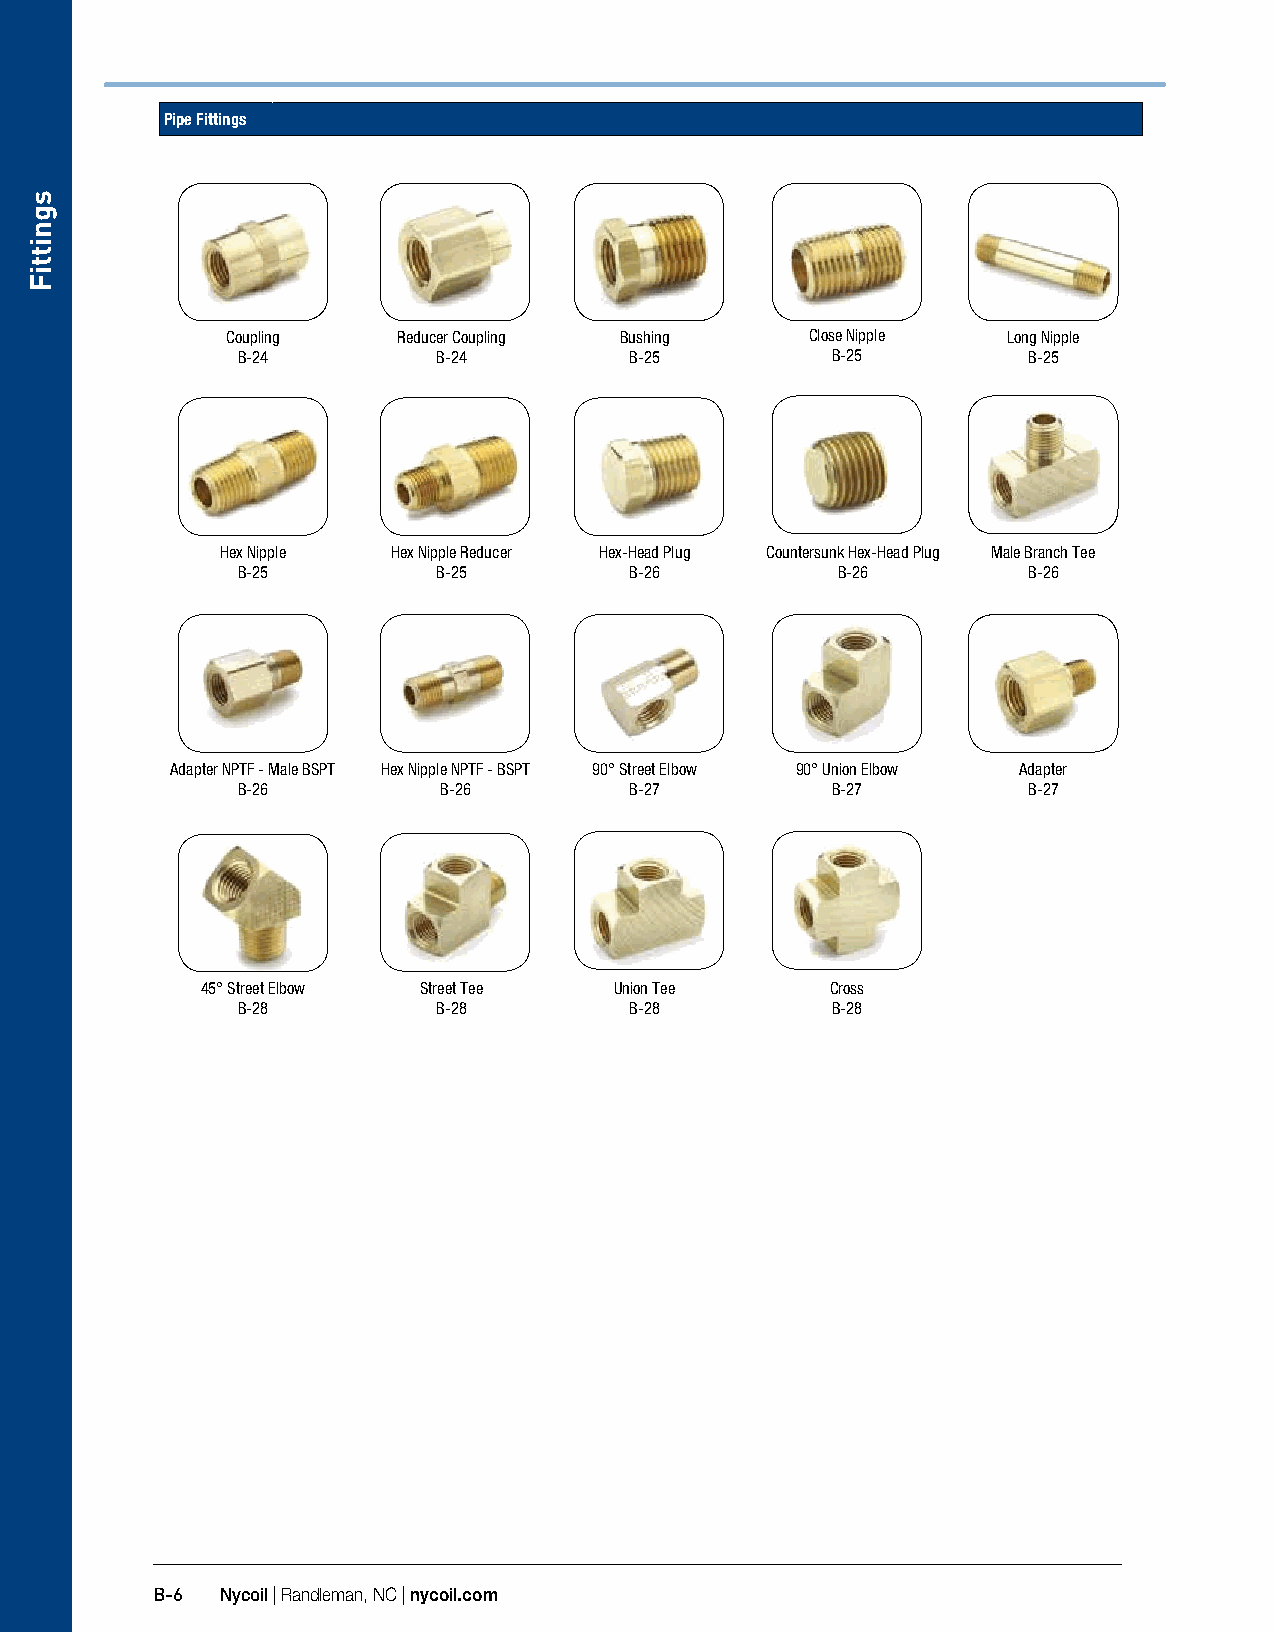
Pipe Fittings
 Coupling   Reducer Coupling Bushing    Close Nipple Long Nipple
 B-24         B-24         B-25         B-25         B-25
 Hex Nipple Hex Nipple Reducer Hex-Head Plug Countersunk Hex-Head Plug Male Branch Tee
 B-25         B-25         B-26         B-26         B-26
 Adapter NPTF - Male BSPT Hex Nipple NPTF - BSPT 90° Street Elbow 90° Union Elbow Adapter
 B-26         B-26         B-27         B-27         B-27
 45° Street Elbow Street Tee Union Tee     Cross
 B-28         B-28         B-28         B-28
 B-6  Nycoil | Randleman, NC | nycoil.com
 sgnittiF